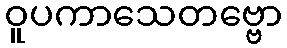
ဝူပကာသေတဗ္ဗော